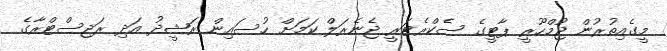
މީގެއިތުރުން ޖުމްހޫރީ ޕާޓީގެ ސެކްރެޓަރީ ޖެނެރަލް ކަމަށް ހުސައިން ރަޝީދު އަދި ރަޖިސްޓްރާގެ